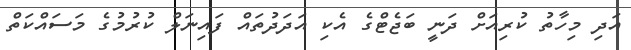
އަދި މިހާތު ކުރިއަށް ދަނީ ބަޖެޓްގެ އެކި އަދަދުތައް ފައިނަލް ކުރުމުގެ މަސައްކަތް